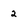
Character: 2